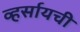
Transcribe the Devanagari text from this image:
व्हर्सायची